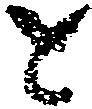
と